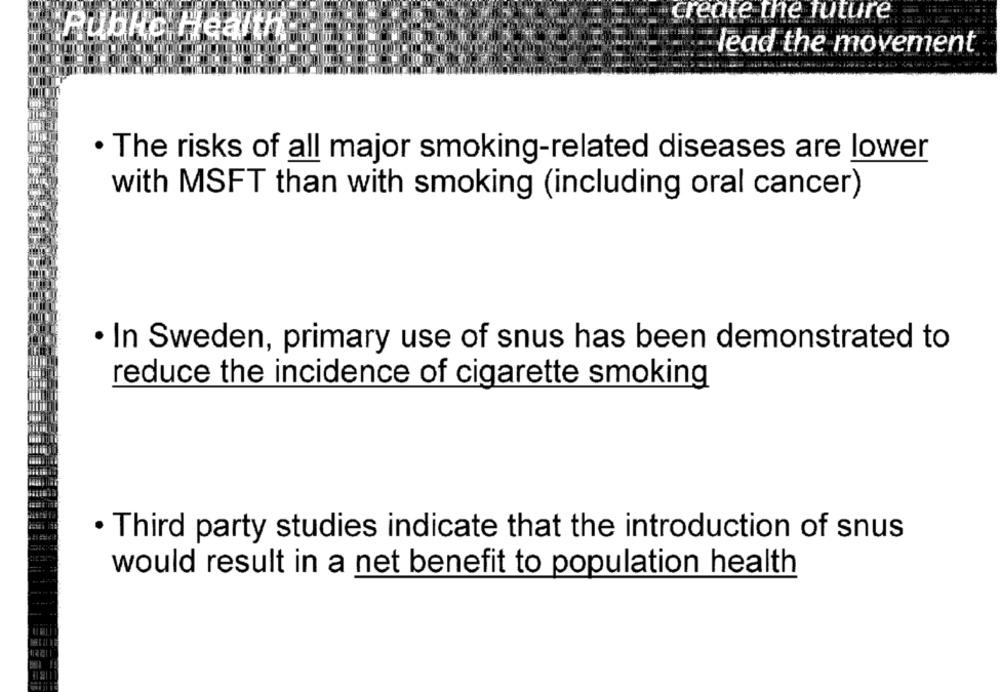
create the future
Public Health
lead the movement
· The risks of all major smoking-related diseases are lower
with MSFT than with smoking (including oral cancer)
· In Sweden, primary use of snus has been demonstrated to
reduce the incidence of cigarette smoking
· Third party studies indicate that the introduction of snus
would result in a net benefit to population health